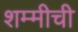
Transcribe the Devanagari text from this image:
शम्मीची